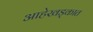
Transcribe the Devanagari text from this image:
आहेखड्कात